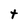
Character: t